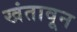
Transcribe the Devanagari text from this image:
खंतावून